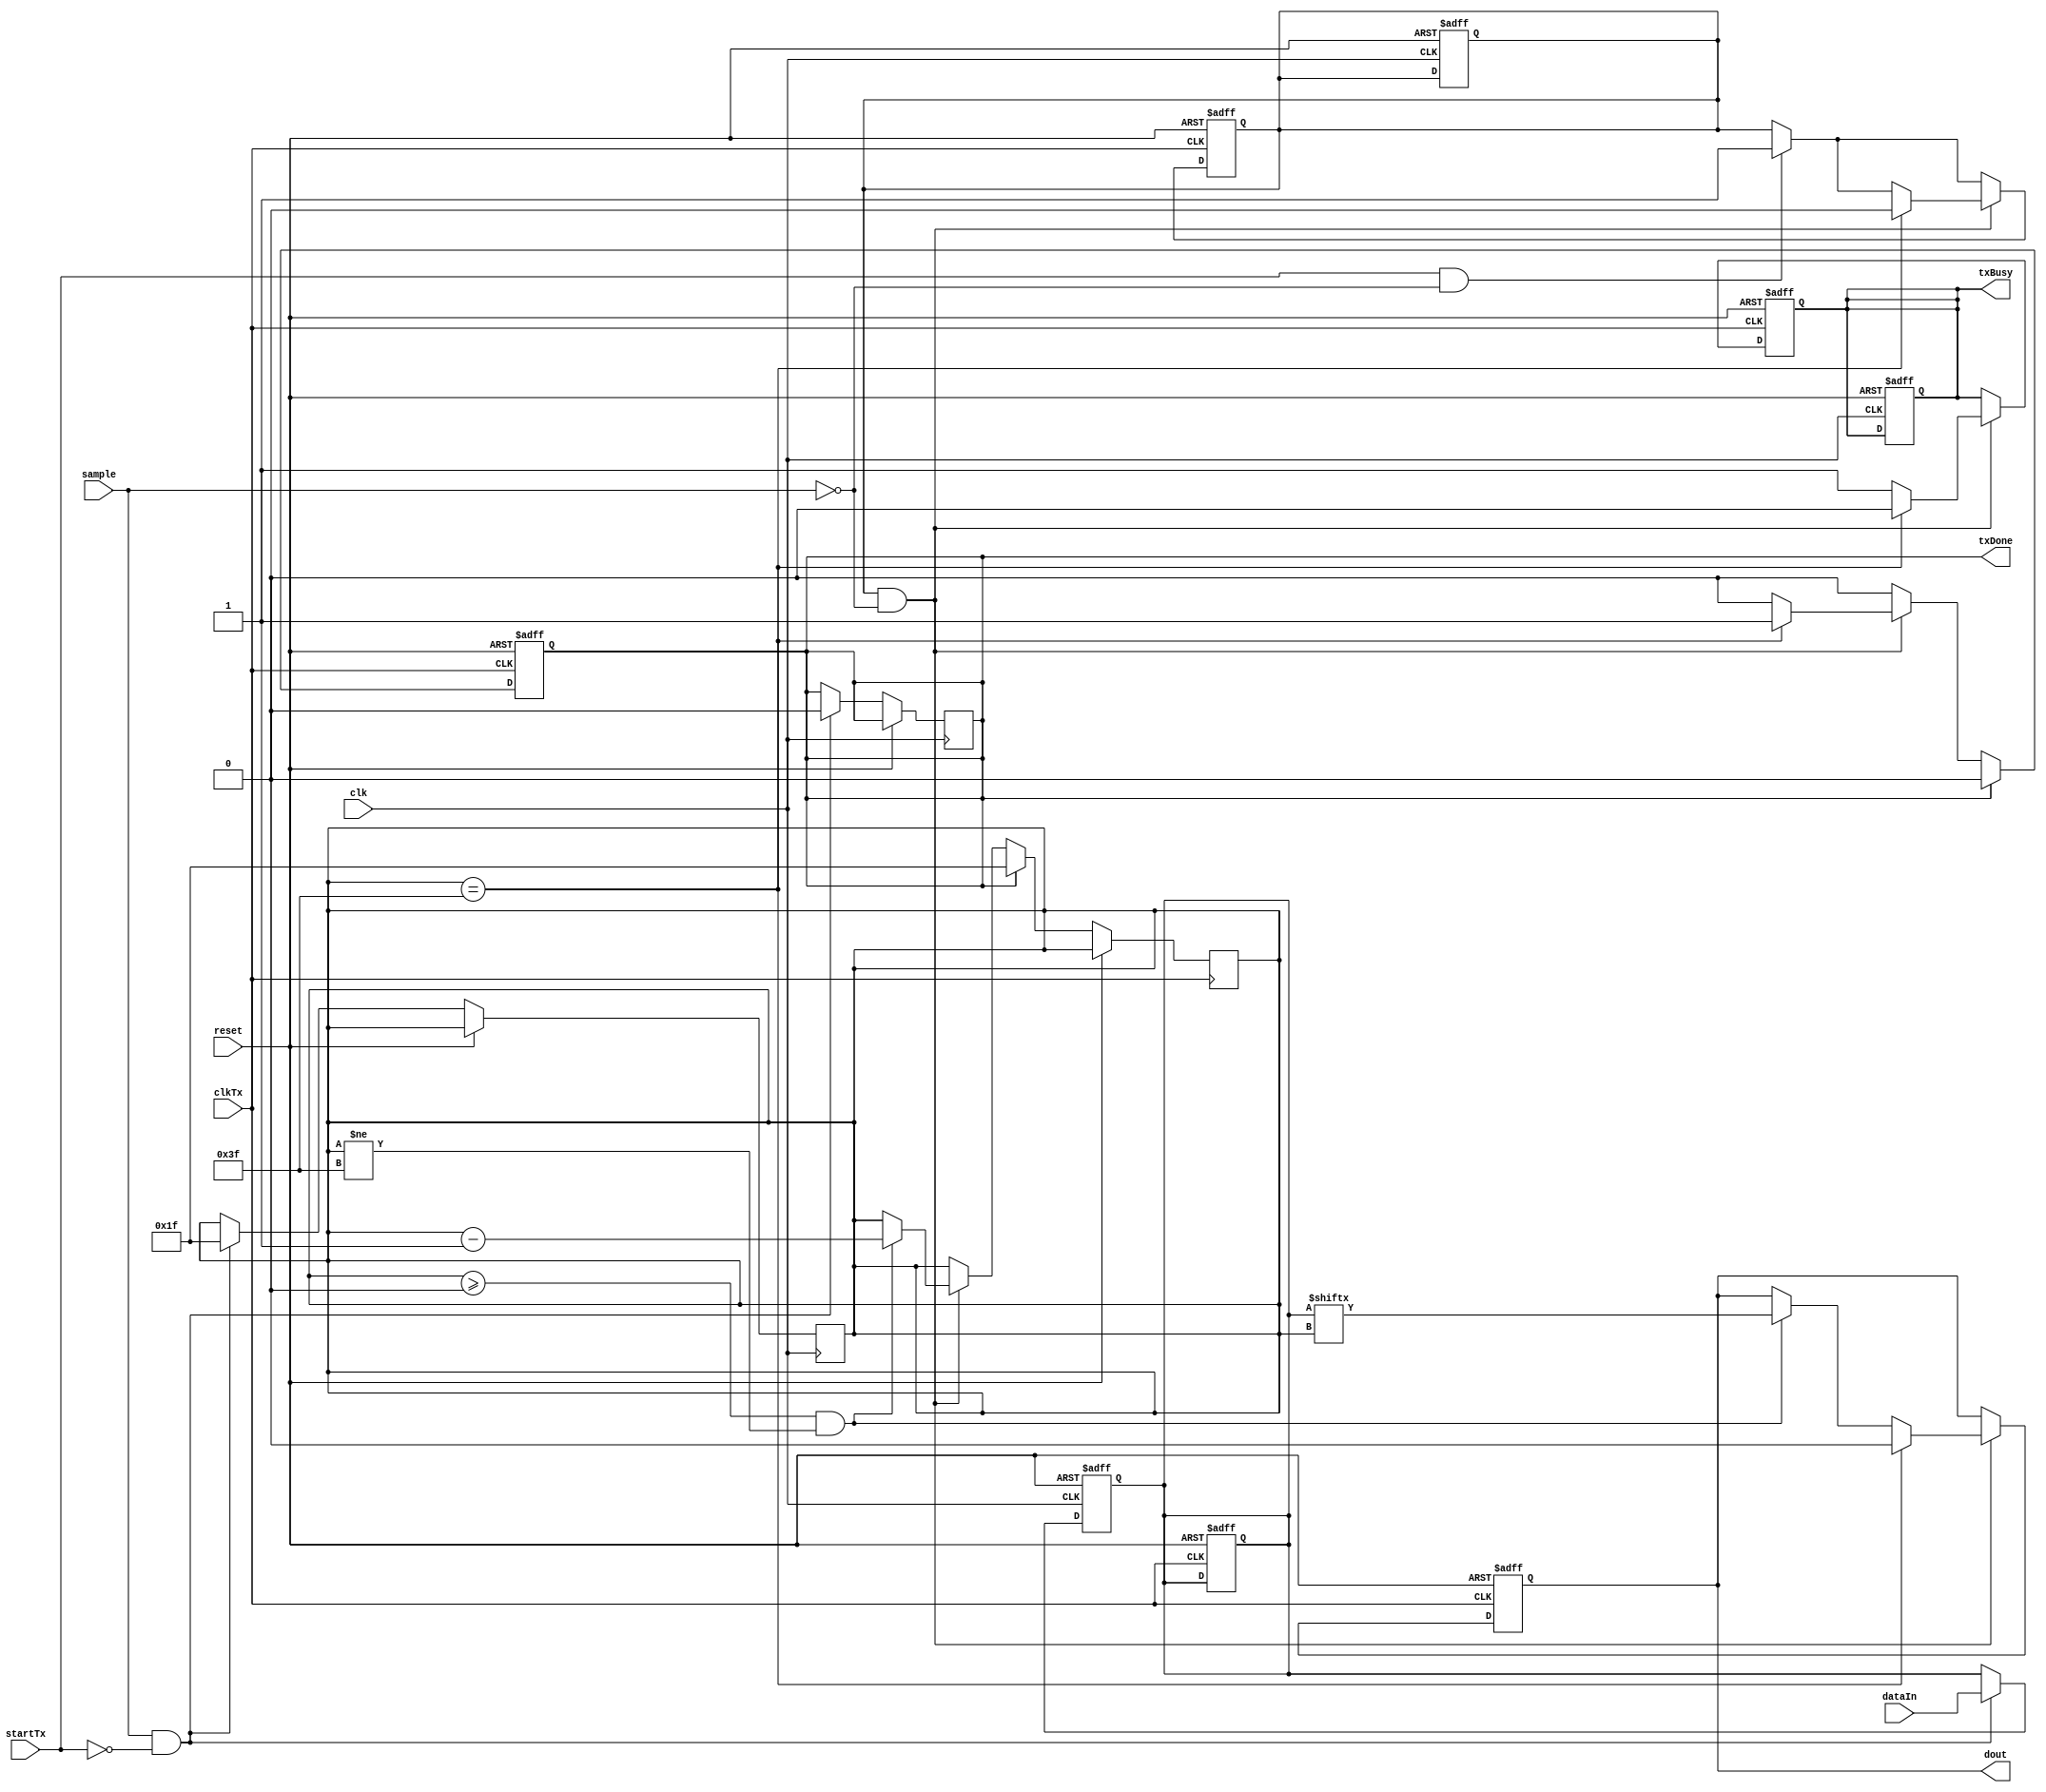
module serialTransceiver #(parameter width = 32)(
    input wire [width-1:0] dataIn,
    input wire sample,
    input wire startTx,
    input wire clk,
    input wire clkTx,
    input wire reset,
    output reg txDone,
    output reg txBusy,
    output reg dout
);
    reg [width-1:0] memory;
    reg start;
    reg [5:0] count;
    reg [5:0] size;
    reg [5:0] i;
    

    always @(posedge clk, posedge reset)begin
        if(reset)begin 
            txBusy<=0;
            memory<=0;
            start<=0;
        end else begin 
            if(sample && !startTx)begin
                memory<=dataIn;
                count<=width-1;
              	txDone<=0;
            end
        end
    end
    always @(posedge clkTx, posedge reset)begin 
        if(reset)begin 
            txBusy<=0;
            memory<=0;
            dout<=0;
            start<=0;
            txDone <=0;
        end else begin 
            if(startTx && !sample) begin 
                start <=1'b1;
            end
            if(start && !sample)begin 
              txBusy<=1;
              if(count >=6'b0 && count != 6'h3f)begin
                	dout <= memory[count];
                    count <= count-1;
                end
              if(count == 6'h3f) begin 
                    start <=0;
                	dout<=0;
                    txBusy <=0;
                    txDone<=1;
                end
            end
          if(txDone)begin
            count<=6'h1f;
            txDone<=0;
          end
        end
    end
endmodule